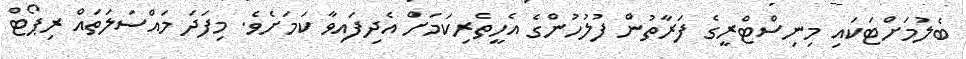
ބެލުމަށްޓަކައި މިނިސްޓްރީގެ ފަރާތުން ފުލުހުންގެ އެހީތެރިކަމަށް އެދިފައިވާ ކަމަށެވެ. މިފަދަ މައްސަލަތައް ރިޕޯޓް